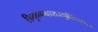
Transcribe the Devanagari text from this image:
त्रिभुवनमहाराजगृहिणि॥१४॥